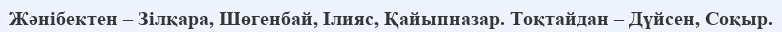
Жәнібектен – Зілқара, Шөгенбай, Ілияс, Қайыпназар. Тоқтайдан – Дүйсен, Соқыр.